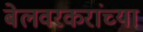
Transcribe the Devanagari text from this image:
बेलवरकरांच्या